Report on vaccination in Madras 1922-1929 - 1922-1929
Year: 1922
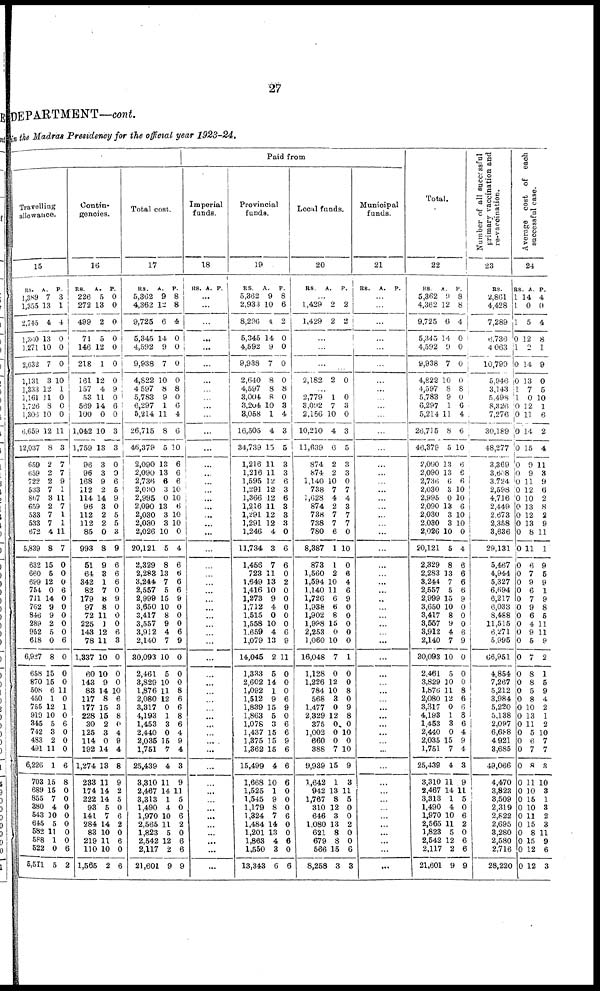
27
DEPARTMENT—cont.
in the Madras Presidency for the official year 1923-24.
Travelling
allowance.
15
RS.
1,389
1,355
2,745
1,360
1,271
2,632
1,131
1,333
1,161
1,726
1,306
6,659
12,037
659
659
722
533
867
659
533
533
672
5,839
632
660
699
754
711
762
846
289
952
618
6,927
658
870
508
450
755
919
345
742
483
491
6,226
703
689
855
380
543
645
582
588
522
5,511
A.
7
13
4
13
10
7
3
12
11
8
10
12
8
2
2
2
7
3
2
7
7
4
8
15
5
12
0
14
9
9
2
5
0
8
15
15
6
1
12
10
5
3
2
11
1
15
15
7
4
10
5
11
1
0
5
P.
3
1
4
0
0
0
10
1
0
0
0
11
3
7
7
9
1
11
7
1
1
11
7
0
0
0
6
0
0
0
0
0
6
0
0
0
11
0
1
0
6
0
0
0
6
8
0
0
0
0
0
0
0
6
2
Contin-
gencies.
16
RS.
226
272
499
71
146
218
161
157
53
569
100
1,042
1,759
96
96
168
112
114
96
112
112
85
993
51
64
342
82
179
97
72
225
143
78
1,337
60
143
83
117
177
228
30
125
114
192
1,274
233
174
222
93
141
284
83
219
110
1,565
A.
5
13
2
5
12
1
12
4
11
14
0
10
13
3
3
9
2
14
3
2
2
0
8
9
3
1
7
8
8
11
1
12
11
10
10
9
14
8
15
15
2
3
0
14
13
11
14
14
5
7
14
10
11
10
2
P.
0
0
0
0
0
0
0
9
0
6
0
3
3
0
0
6
5
9
0
5
5
3
9
6
6
6
0
9
0
0
0
6
3
0
0
0
10
6
3
8
0
4
9
4
8
9
2
5
0
6
2
0
6
0
6
Total cost.
17
RS.
5,362
4,362
9,725
5,345
4,592
9,938
4,822
4,597
5,783
6,297
5,214
26,715
46,379
2,090
2,090
2,736
2,030
2,995
2,090
2,030
2,030
2,026
20,121
2,329
2,283
3,244
2,557
2,999
3,650
3,417
3,557
3,912
2,140
30,093
2,461
3,829
1,876
2,080
3,317
4,193
1,453
2,440
2,035
1,751
25,439
3,310
2,467
3,313
1,490
1,970
2,565
1,823
2,542
2,117
21,601
A.
9
12
6
14
9
7
10
8
9
1
11
8
5
13
13
6
3
0
13
3
3
10
5
8
13
7
5
15
10
8
9
4
7
10
5
10
11
12
0
1
3
0
15
7
4
11
14
1
4
10
11
5
12
2
9
P.
8
8
4
0
0
0
0
8
0
6
4
6
10
6
6
6
10
10
6
10
10
0
4
6
6
6
6
9
0
0
0
6
9
0
0
0
8
6
6
8
6
4
9
4
3
9
11
5
0
6
2
0
6
6
9
Paid from
Imperial
funds.
18
RS. A. P.
...
...
...
...
...
...
...
...
...
...
...
...
...
...
...
...
...
...
...
...
...
...
...
...
...
...
...
...
...
...
...
...
...
...
...
...
...
...
...
...
...
...
...
...
...
...
...
...
...
...
...
...
...
...
...
Provincial
funds.
19
RS.
5,362
2,933
8,296
5,345
4,592
9,938
2,640
4,597
3,004
3,204
8,058
16,505
34,739
1,216
1,216
1,595
1,291
1,366
1,216
1,291
1,291
1,246
11,734
1,456
723
1,649
1,416
1,273
1,712
1,515
1,558
1,659
1,079
14,045
1,333
2,602
1,092
1,512
1,839
1,863
1,078
1,437
1,375
1,362
15,499
1,668
1,525
1,545
1,179
1,324
1,484
1,201
1,863
1,550
13,343
A.
9
10
4
14
9
7
8
8
8
10
1
4
15
11
11
12
12
12
11
12
12
4
3
7
11
13
10
9
4
0
10
4
13
2
5
14
1
9
15
5
3
15
15
15
4
10
1
9
8
7
14
13
4
3
6
P.
8
6
2
0
0
0
0
8
0
3
4
3
5
3
3
6
3
6
3
3
3
0
6
6
0
2
0
0
0
0
0
6
9
11
0
0
0
6
9
0
6
6
9
6
6
6
0
0
0 6
0
0
6
0
6
Local funds.
20
RS.
A. P.
...
1,429
1,429
2
2
2
2
...
...
...
2,182 2 0
...
2,779
3,092
2,156
10,210
11,639
874
874
1,140
738
1,628
874
738
738
780
8,387
873
1,560
1,594
1,140
1,726
1,938
1,902
1,998
2,253
1,060
16,048
1,128
1,226
784
568
1,477
2,329
375
1,002
660
388
9,939
1,642
942
1,767
310
646
1,080
621
679
566
8,258
1
7
10
4
6
2
2
10
7
4
2
7
7
6
1
1
2
10
11
6
6
8
15
0
10
7
0
12
10
3
0
12
0
0
0
7
15
1
13
8
12
3
13
8
8
15
3
0
3
0
3
5
3
3
0
7
4
3
7
7
0
10
0
6
4
6
9
0
0
0
0
0
1
0
0
8
0
9
8
0
10
0
10
9
3
11
5
0
0
2
0
0
6
3
Municipal
funds.
21
RS. A. P.
...
...
...
...
...
...
...
...
...
...
...
...
...
...
...
...
...
...
...
...
...
...
...
...
...
...
...
...
...
...
...
...
...
...
...
...
...
...
...
...
...
...
...
...
...
...
...
...
...
...
...
...
...
...
...
Total.
22
RS.
5,362
4,362
9,725
5,345
4,592
9,938
4,822
4,597
5,783
6,297
5,214
26,715
46,379
2,090
2,090
2,736
2,030
2,995
2,090
2,030
2,030
2,026
20,121
2,329
2,283
3,244
2,557
2,999
3,650
3,417
3,557
3,912
2,140
30,093
2,461
3,829
1,876
2,080
3,317
4,193
1,453
2,440
2,035
1,751
25,439
3,310
2,467
3,313
1,490
1,970
2,565
1,823
2,542
2,117
21,601
A.
9
12
6
14
9
7
10
8
9
1
11
8
5
13
13
6
3
0
13
3
3
10
5
8
13
7
5
15
10
8
9
4
7
10
5
10
11
12
0
1
3
0
15
7
4
11
14
1
4
10
11
5
12
2
9
P.
8
8
4
0
0
0
0
8
0
6
4
6
10
6
6
6
10
10
6
10
10
0
4
6
6
6
6
9
0
0
0
6
9
0
0
0
8
6
6
8
6
4
9
4
3
9
11
5
0
6
2
0
6
6
9
Number of all successful
primary vaccination and
re-vaccination.
23
RS.
2,861
4,428
7,289
6,736
4,063
10,799
5,946
3,143
5,498
8,326
7,276
30,189
48,277
3,369
3,608
3,724
2,598
4,716
2,449
2,673
2,358
3,636
29,131
5,467
4,944
5,327
6,694
6,217
6,033
8,488
11,515
6,271
5,995
66,951
4,854
7,267
5,212
3,984
5,220
5,138
2,097
6,688
4,921
3,685
49,066
4,470
3,823
3,509
2,319
2,822
2,695
3,280
2,580
2,716
28,220
Average cost of each
successful case.
24
RS.
1
1
1
0
1
0
0
1
1
0
0
0
0
0
0
0
0
0
0
0
0
0
0
0
0
0
0
0
0 0
0
0
0
0
0
0
0
0
0
0
0
0
0
0
0
0
0
0
0
0
0
0
0
0
0
A.
14
0
5
12
2
14
13
7
0
12
11
14
15
0
9
11
12
10
13
12
13
8
11
6
7
9
6
7
9
6
4
9
5
7
8
8
5
8
10
13
11
5
6
7
8
11
10
15
10
11
15
8
15
12
12
P.
4
0
4
8
1
9
0
5
10
1
6
2
4
11
3
9
6
2
8
2
9
11
1
9
5
9
1
9
8
5
11
11
9
2
1
5
9
4
2
1
2
10
7
7
3
10
3
1
3
2
3
11
9
6
3